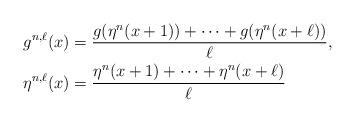
LaTeX: \begin{align*} g^{n,\ell}(x)& = \frac{g(\eta^n(x+1))+\cdots+g(\eta^n(x+\ell))}{\ell}, \\ \eta^{n,\ell}(x)& = \frac{\eta^n(x+1)+\cdots+\eta^n(x+\ell)}{\ell}\end{align*}